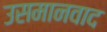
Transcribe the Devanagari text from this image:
उसमानवाद